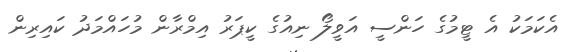
އެކަމަކު އެ ޓީމުގެ ހަންސީ އަވީލޯ ނިއުގެ ކީޕަރު އިމްރާން މުހައްމަދު ކައިރިން